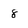
Character: 8